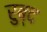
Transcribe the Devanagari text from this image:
रुब्द